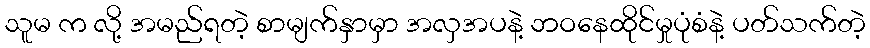
သူမ က လို့ အမည်ရတဲ့ စာမျက်နှာမှာ အလှအပနဲ့ ဘဝနေထိုင်မှုပုံစံနဲ့ ပတ်သက်တဲ့